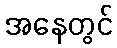
အနေတွင်